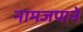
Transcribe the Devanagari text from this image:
नामजपाने